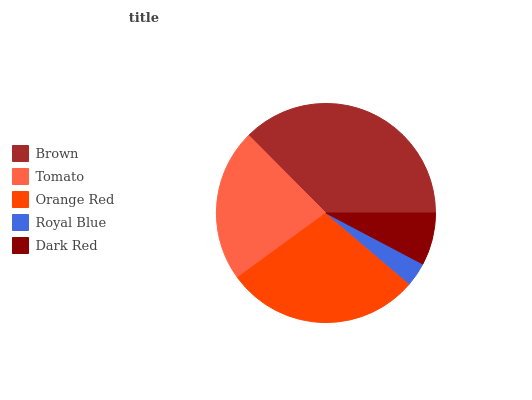
| Brown | Tomato | Orange Red | Royal Blue | Dark Red |
 | --- | --- | --- | --- | --- |
 | 37.4% | 22.6% | 28.8% | 3.5% | 7.72% |